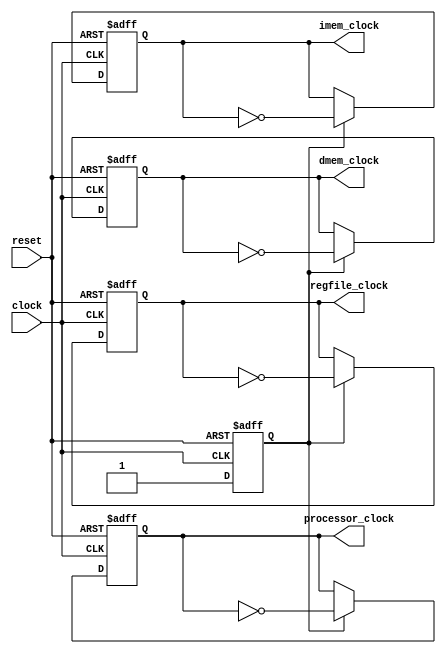
module clock_divider(processor_clock, imem_clock, dmem_clock, regfile_clock, clock, reset);
	input clock, reset;
	output reg imem_clock, dmem_clock, processor_clock, regfile_clock;
	reg output_clocks_enable;
	
	always @(negedge clock or posedge reset) begin
		if (reset)
			output_clocks_enable <= 1'b0;
		else
			output_clocks_enable <= 1'b1;	
	end

	always @(negedge clock or posedge reset) begin
		if (reset)
			processor_clock <= 1'b1;
		else if (output_clocks_enable)
			processor_clock <= ~processor_clock;	
	end
	
	always @(posedge clock or posedge reset) begin
		if (reset)
			imem_clock <= 1'b0;
		else if (output_clocks_enable)
			imem_clock <= ~imem_clock;	
	end
	
	always @(negedge clock or posedge reset) begin
		if (reset)
			dmem_clock <= 1'b0;
		else if (output_clocks_enable)
			dmem_clock <= ~dmem_clock;
	end
	
	always @(posedge clock or posedge reset) begin
		if (reset)
			regfile_clock <= 1'b1;
		else if (output_clocks_enable)
			regfile_clock <= ~regfile_clock;	
	end
	
endmodule